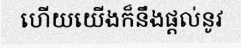
ហើយយើងក៏នឹងផ្តល់នូវ